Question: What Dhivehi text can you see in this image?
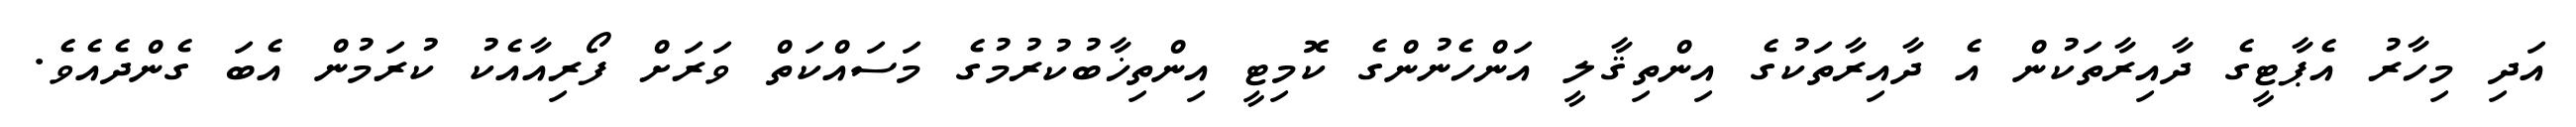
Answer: އަދި މިހާރު އެޕާޓީގެ ދާއިރާތަކުން އެ ދާއިރާތަކުގެ އިންތިޤާލީ އަންހެނުންގެ ކޮމިޓީ އިންތިޚާބުކުރުމުގެ މަސައްކަތް ވަރަށް ފޯރިއާއެކު ކުރަމުން އެބަ ގެންދެއެވެ.